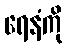
ရေနံကို